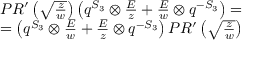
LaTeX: \begin{array} { c } { { P R ^ { \prime } \left( \sqrt { \frac { z } { w } } \right) \left( q ^ { S _ { 3 } } \otimes { \frac { E } { z } } + { \frac { E } { w } } \otimes q ^ { - S _ { 3 } } \right) = } } \\ { { = \left( q ^ { S _ { 3 } } \otimes { \frac { E } { w } } + { \frac { E } { z } } \otimes q ^ { - S _ { 3 } } \right) P R ^ { \prime } \left( \sqrt { \frac { z } { w } } \right) } } \end{array}